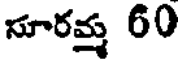
సూరమ్మ 60